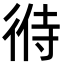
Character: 㣥